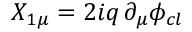
X _ { 1 \mu } = 2 i q \, \partial _ { \mu } \phi _ { c l } \,